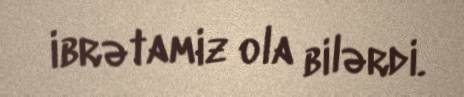
ibrətamiz ola bilərdi.